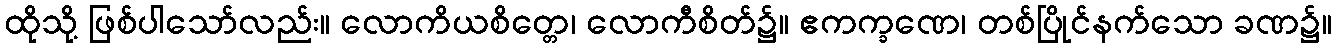
ထိုသို့ ဖြစ်ပါသော်လည်း။ လောကိယစိတ္တေ၊ လောကီစိတ်၌။ ဧကက္ခဏေ၊ တစ်ပြိုင်နက်သော ခဏ၌။